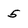
Character: 5